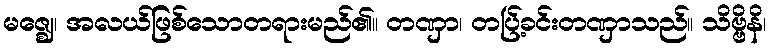
မဇ္ဈေ၊ အလယ်ဖြစ်သောတရားမည်၏။ တဏှာ၊ တပ်ြ့ခင်းတဏှာသည်။ သိဗ္ဗိနိ၊